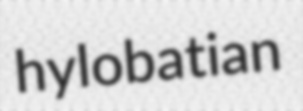
hylobatian